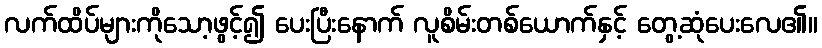
လက်ထိပ်များကိုသော့ဖွင့်၍ ပေးပြီးနောက် လူစိမ်းတစ်ယောက်နှင့် တွေ့ဆုံပေးလေ၏။